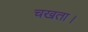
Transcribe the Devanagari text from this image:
चखता।